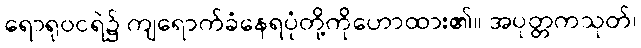
ရောရုဝငရဲ၌ ကျရောက်ခံနေရပုံတို့ကိုဟောထား၏။ အပုတ္တကသုတ်၊